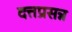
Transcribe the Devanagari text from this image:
दत्तप्रसन्न